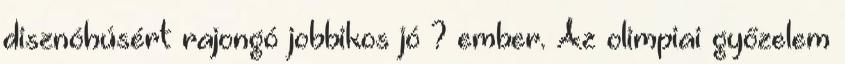
disznóhúsért rajongó jobbikos jó ? ember. Az olimpiai győzelem